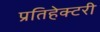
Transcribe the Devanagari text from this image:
प्रतिहेक्टरी